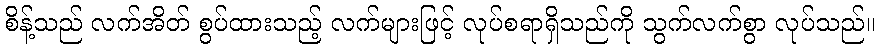
စိန့်သည် လက်အိတ် စွပ်ထားသည့် လက်များဖြင့် လုပ်စရာရှိသည်ကို သွက်လက်စွာ လုပ်သည်။